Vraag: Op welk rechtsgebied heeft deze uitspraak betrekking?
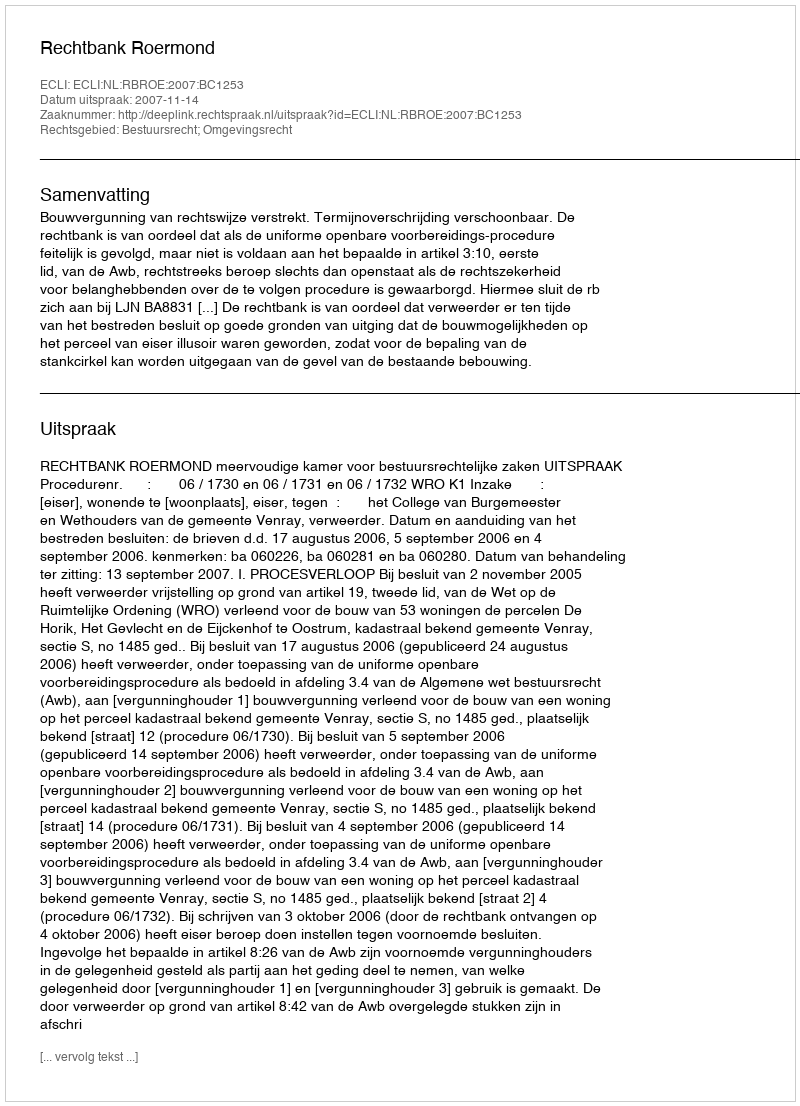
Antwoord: Bestuursrecht; Omgevingsrecht